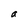
Character: b